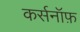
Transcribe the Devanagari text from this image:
कर्सनॉफ़